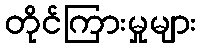
တိုင်ကြားမှုများ